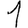
Digit: 1